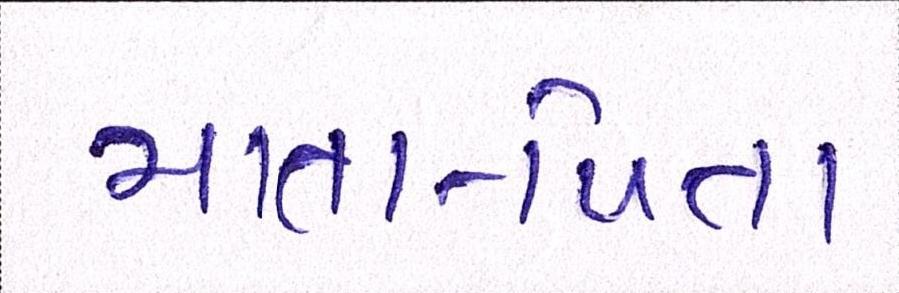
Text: માતા-પિતા